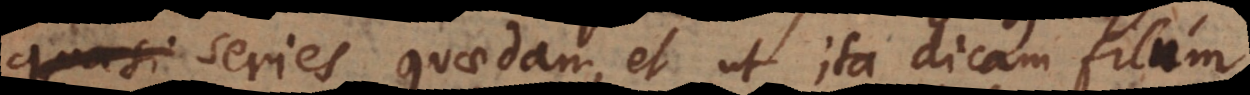
quasi series quaedam, et ut ita dicam filum